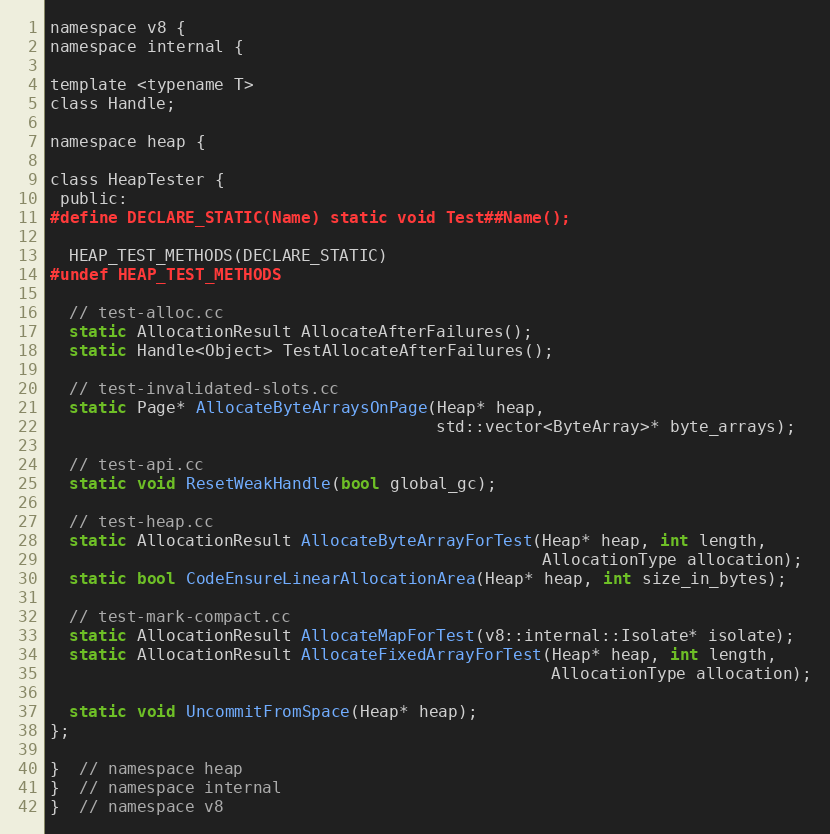
Language: C
namespace v8 {
namespace internal {

template <typename T>
class Handle;

namespace heap {

class HeapTester {
 public:
#define DECLARE_STATIC(Name) static void Test##Name();

  HEAP_TEST_METHODS(DECLARE_STATIC)
#undef HEAP_TEST_METHODS

  // test-alloc.cc
  static AllocationResult AllocateAfterFailures();
  static Handle<Object> TestAllocateAfterFailures();

  // test-invalidated-slots.cc
  static Page* AllocateByteArraysOnPage(Heap* heap,
                                        std::vector<ByteArray>* byte_arrays);

  // test-api.cc
  static void ResetWeakHandle(bool global_gc);

  // test-heap.cc
  static AllocationResult AllocateByteArrayForTest(Heap* heap, int length,
                                                   AllocationType allocation);
  static bool CodeEnsureLinearAllocationArea(Heap* heap, int size_in_bytes);

  // test-mark-compact.cc
  static AllocationResult AllocateMapForTest(v8::internal::Isolate* isolate);
  static AllocationResult AllocateFixedArrayForTest(Heap* heap, int length,
                                                    AllocationType allocation);

  static void UncommitFromSpace(Heap* heap);
};

}  // namespace heap
}  // namespace internal
}  // namespace v8